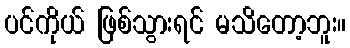
ပင်ကိုယ် ဖြစ်သွားရင် မသိတော့ဘူး။